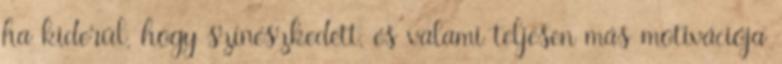
ha kiderül, hogy színészkedett, és valami teljesen más motivációja